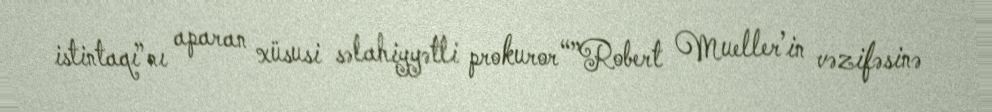
istintaqı”nı aparan xüsusi səlahiyyətli prokuror “”Robert Mueller’in vəzifəsinə